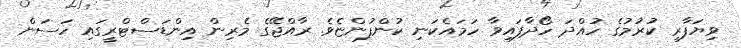
ވިޔަފާރި ކުރުމުގެ ހުއްދަ ހޯދާފައިވާ ހަމައެކަނި ކުންފުންޏެވެ. ރާއްޖޭގެ މެރިން އިންޑަސްޓްރީގައި ހަސަން